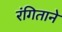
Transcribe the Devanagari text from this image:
रंगिताने